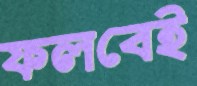
ফলবেই